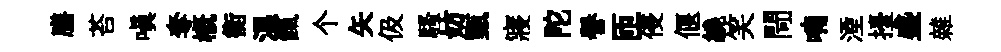
膳苔嗔奪概衡温餼个矢伋騷妨甄寢陀譽匝侵偃繞笑閜喃湮擡盛雜